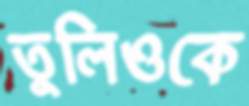
তুলিওকে